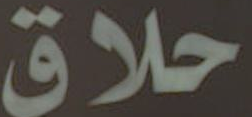
حلاق